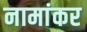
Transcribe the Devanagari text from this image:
नामांकर